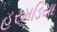
હરમડિયા